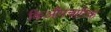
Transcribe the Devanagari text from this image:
किऔपचारिक